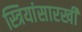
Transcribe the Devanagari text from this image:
स्त्रियांसारखी